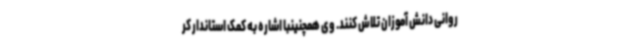
روانی دانش آموزان تلاش کنند. وی همچنینبا اشاره به کمک استاندار کر